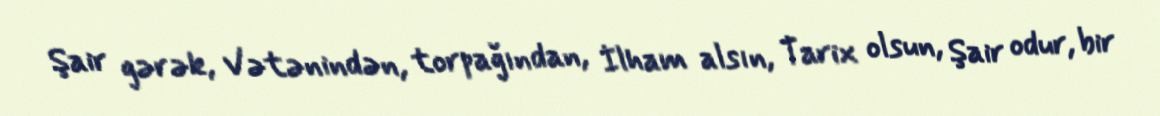
Şair gərək, Vətənindən, torpağından, İlham alsın, Tarix olsun, Şair odur, bir